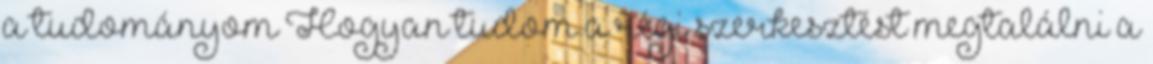
a tudományom Hogyan tudom a régi szerkesztést megtalálni a